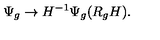
\Psi _ { g } \rightarrow H ^ { - 1 } \Psi _ { g } ( R _ { g } H ) .